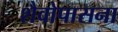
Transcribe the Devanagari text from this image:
शैवोपासना